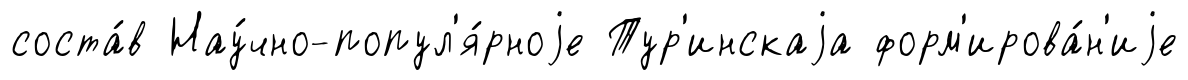
соста́в Нау́чно-попул'я́рноjе Тур'инскаjа форм'ирова́н'иjе